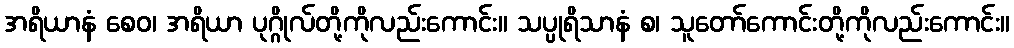
အရိယာနံ စေဝ၊ အရိယာ ပုဂ္ဂိုလ်တို့ကိုလည်းကောင်း။ သပ္ပုရိသာနံ စ၊ သူတော်ကောင်းတို့ကိုလည်းကောင်း။